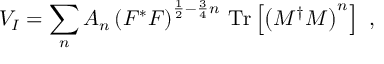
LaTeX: V _ { I } = \sum _ { n } A _ { n } \left( F ^ { * } F \right) ^ { \frac { 1 } { 2 } - \frac { 3 } { 4 } n } \, \mathrm { T r } \left[ \left( M ^ { \dagger } M \right) ^ { n } \right] \ ,